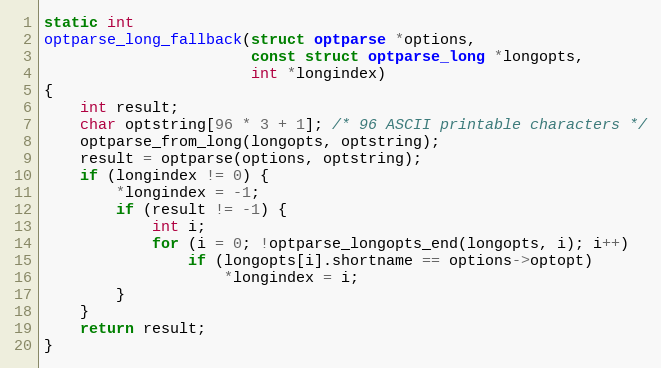
Language: C
static int
optparse_long_fallback(struct optparse *options,
                       const struct optparse_long *longopts,
                       int *longindex)
{
    int result;
    char optstring[96 * 3 + 1]; /* 96 ASCII printable characters */
    optparse_from_long(longopts, optstring);
    result = optparse(options, optstring);
    if (longindex != 0) {
        *longindex = -1;
        if (result != -1) {
            int i;
            for (i = 0; !optparse_longopts_end(longopts, i); i++)
                if (longopts[i].shortname == options->optopt)
                    *longindex = i;
        }
    }
    return result;
}